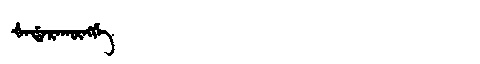
Manchu: ᡧᠠᡩᠠᡵᠠᡴᡡᠩᡤᡝ
Romanization: ŠADARAKŪNGGE